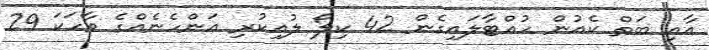
އާއި ބަތް ކެއުން ހުއްޓާލައިގެން 42 ކިލޯ ލުއިކުރި އަންހެނެއްގެ ވާހަކަ 29